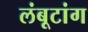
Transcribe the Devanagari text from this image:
लंबूटांग